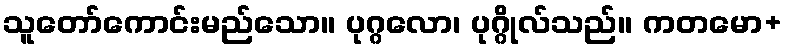
သူတော်ကောင်းမည်သော။ ပုဂ္ဂလော၊ ပုဂ္ဂိုလ်သည်။ ကတမော+